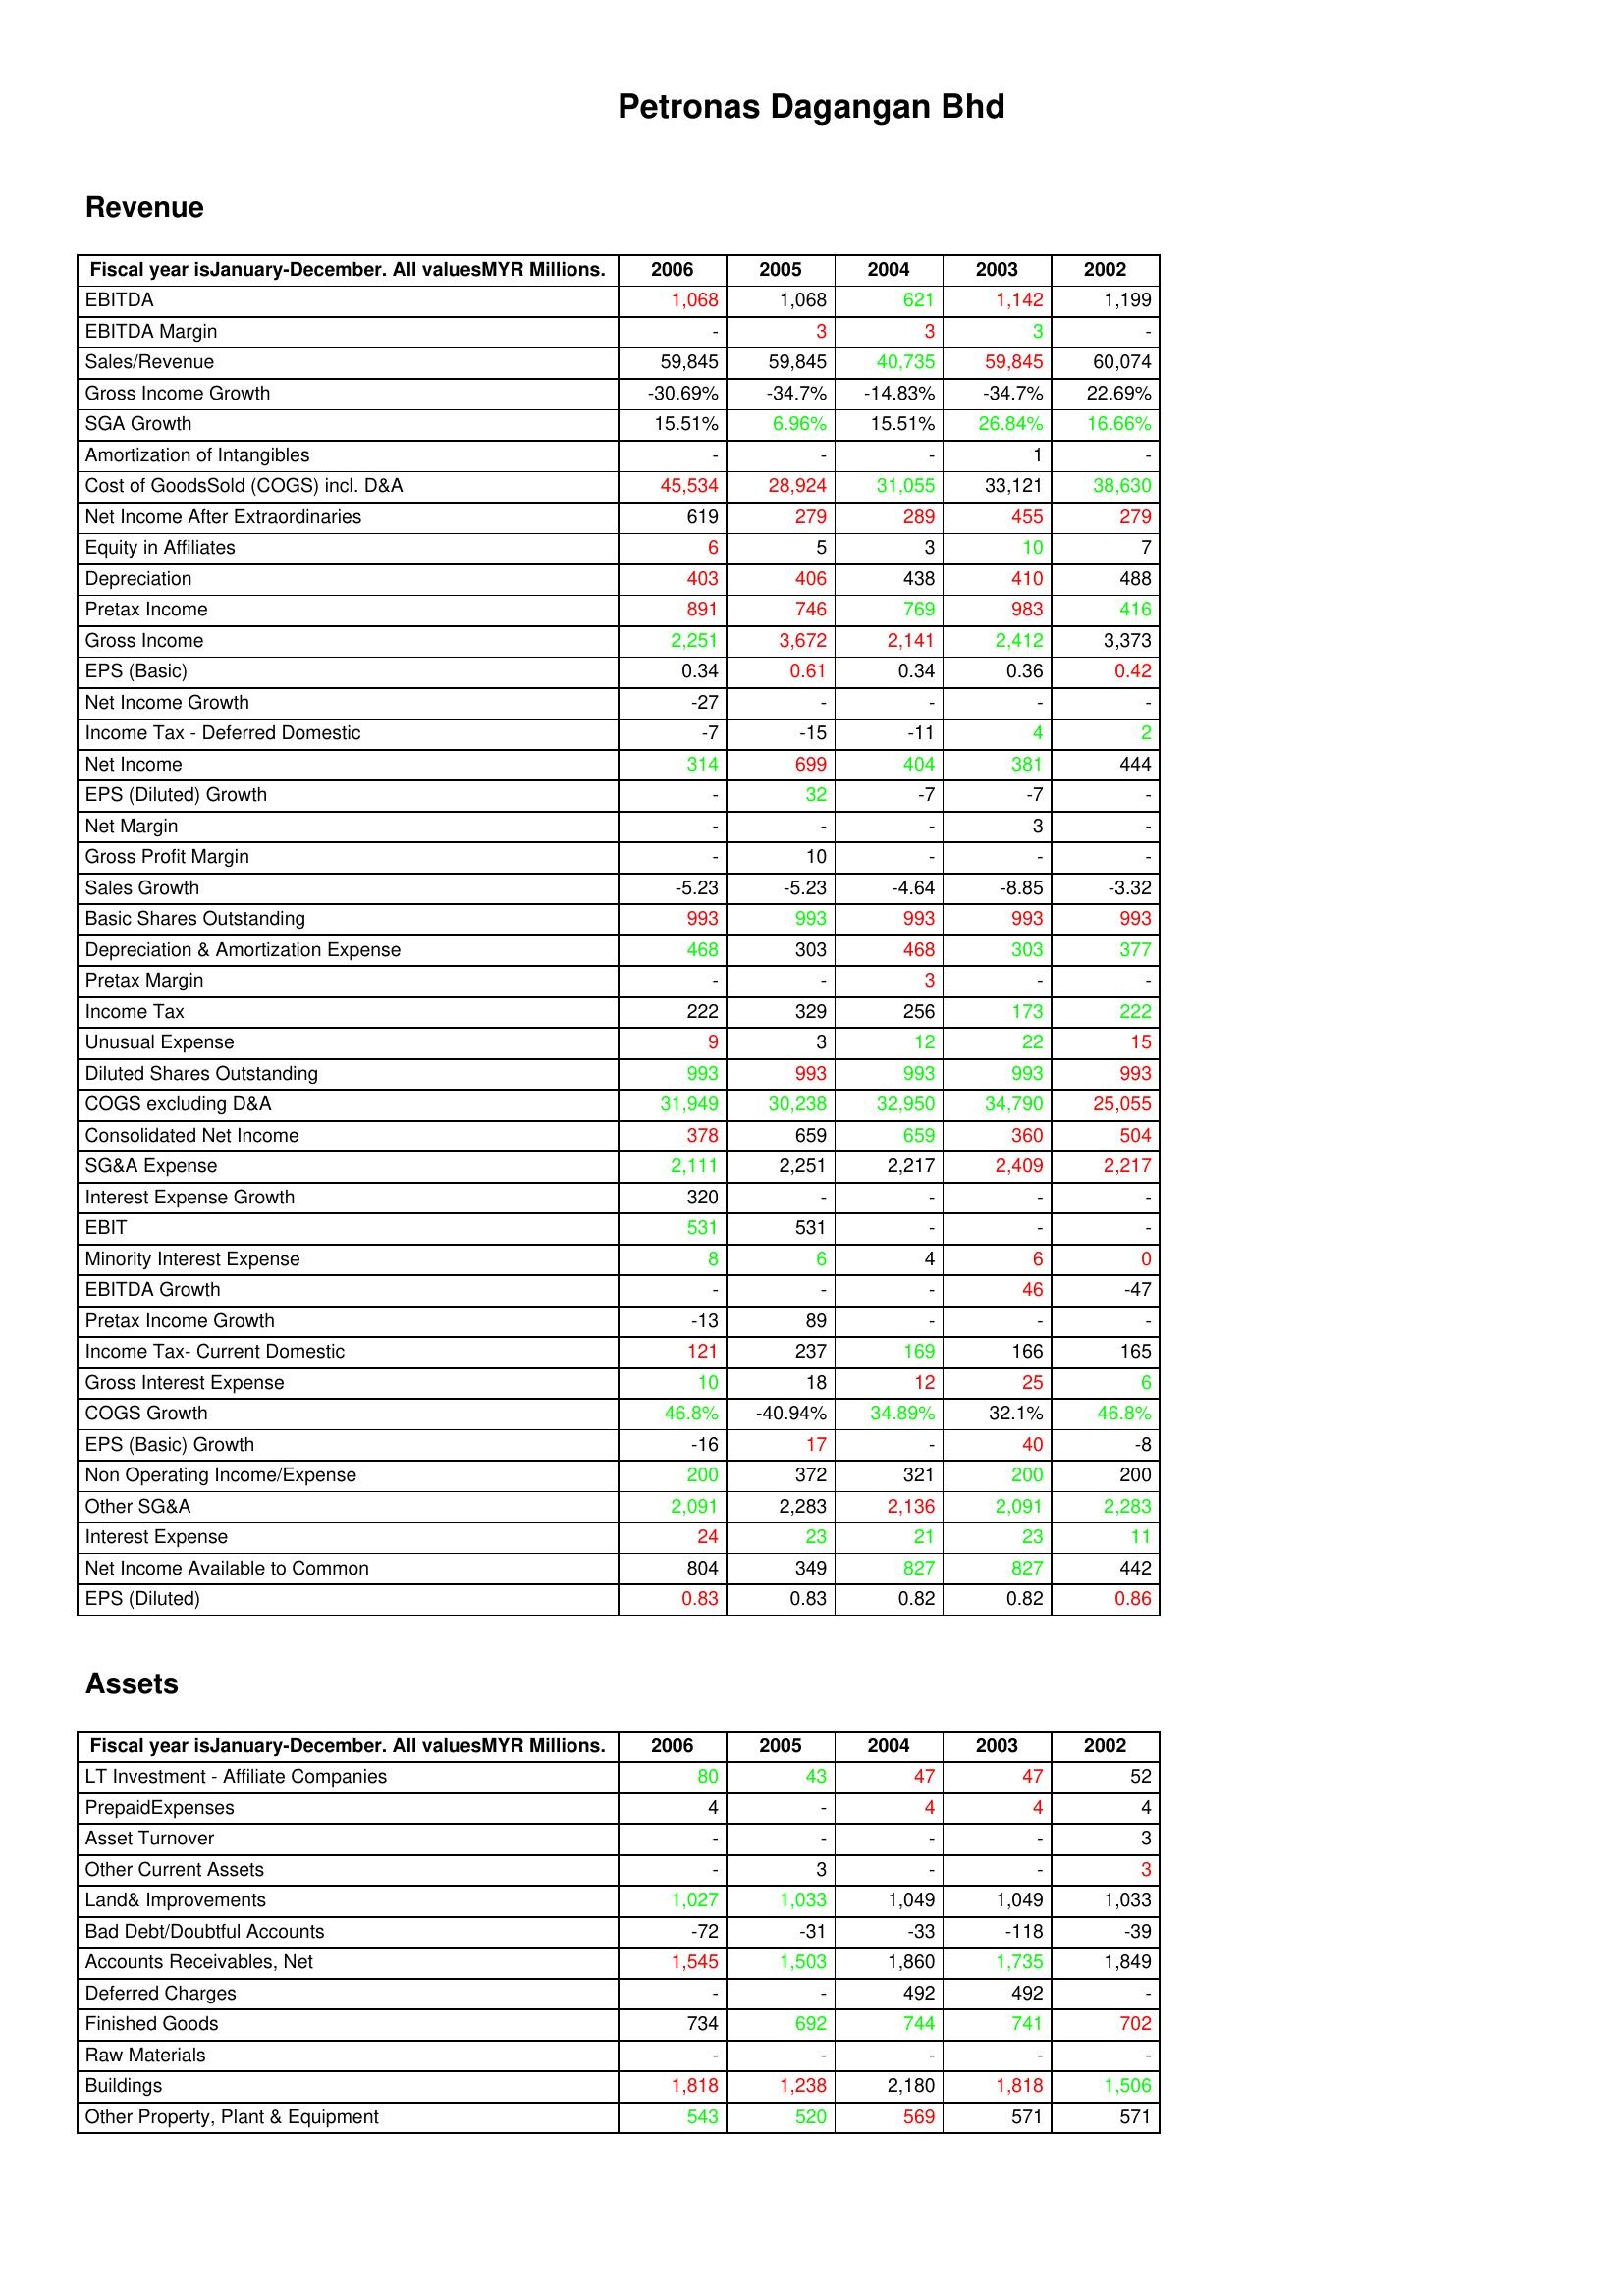
gt_parse: 2006: Revenue: EBITDA: 1,068
EBITDA Margin: -
Sales/Revenue: 59,845
Gross Income Growth: -30.69%
SGA Growth: 15.51%
Amortization of Intangibles: -
Cost of GoodsSold (COGS) incl. D&A: 45,534
Net Income After Extraordinaries: 619
Equity in Affiliates: 6
Depreciation: 403
Pretax Income: 891
Gross Income: 2,251
EPS (Basic): 0.34
Net Income Growth: -27
Income Tax - Deferred Domestic: -7
Net Income: 314
EPS (Diluted) Growth: -
Net Margin: -
Gross Profit Margin: -
Sales Growth: -5.23
Basic Shares Outstanding: 993
Depreciation & Amortization Expense: 468
Pretax Margin: -
Income Tax: 222
Unusual Expense: 9
Diluted Shares Outstanding: 993
COGS excluding D&A: 31,949
Consolidated Net Income: 378
SG&A Expense: 2,111
Interest Expense Growth: 320
EBIT: 531
Minority Interest Expense: 8
EBITDA Growth: -
Pretax Income Growth: -13
Income Tax- Current Domestic: 121
Gross Interest Expense: 10
COGS Growth: 46.8%
EPS (Basic) Growth: -16
Non Operating Income/Expense: 200
Other SG&A: 2,091
Interest Expense: 24
Net Income Available to Common: 804
EPS (Diluted): 0.83
Assets: LT Investment - Affiliate Companies: 80
PrepaidExpenses: 4
Asset Turnover: -
Other Current Assets: -
Land& Improvements: 1,027
Bad Debt/Doubtful Accounts: -72
Accounts Receivables, Net: 1,545
Deferred Charges: -
Finished Goods: 734
Raw Materials: -
Buildings: 1,818
Other Property, Plant & Equipment: 543
2005: Revenue: EBITDA: 1,068
EBITDA Margin: 3
Sales/Revenue: 59,845
Gross Income Growth: -34.7%
SGA Growth: 6.96%
Amortization of Intangibles: -
Cost of GoodsSold (COGS) incl. D&A: 28,924
Net Income After Extraordinaries: 279
Equity in Affiliates: 5
Depreciation: 406
Pretax Income: 746
Gross Income: 3,672
EPS (Basic): 0.61
Net Income Growth: -
Income Tax - Deferred Domestic: -15
Net Income: 699
EPS (Diluted) Growth: 32
Net Margin: -
Gross Profit Margin: 10
Sales Growth: -5.23
Basic Shares Outstanding: 993
Depreciation & Amortization Expense: 303
Pretax Margin: -
Income Tax: 329
Unusual Expense: 3
Diluted Shares Outstanding: 993
COGS excluding D&A: 30,238
Consolidated Net Income: 659
SG&A Expense: 2,251
Interest Expense Growth: -
EBIT: 531
Minority Interest Expense: 6
EBITDA Growth: -
Pretax Income Growth: 89
Income Tax- Current Domestic: 237
Gross Interest Expense: 18
COGS Growth: -40.94%
EPS (Basic) Growth: 17
Non Operating Income/Expense: 372
Other SG&A: 2,283
Interest Expense: 23
Net Income Available to Common: 349
EPS (Diluted): 0.83
Assets: LT Investment - Affiliate Companies: 43
PrepaidExpenses: -
Asset Turnover: -
Other Current Assets: 3
Land& Improvements: 1,033
Bad Debt/Doubtful Accounts: -31
Accounts Receivables, Net: 1,503
Deferred Charges: -
Finished Goods: 692
Raw Materials: -
Buildings: 1,238
Other Property, Plant & Equipment: 520
2004: Revenue: EBITDA: 621
EBITDA Margin: 3
Sales/Revenue: 40,735
Gross Income Growth: -14.83%
SGA Growth: 15.51%
Amortization of Intangibles: -
Cost of GoodsSold (COGS) incl. D&A: 31,055
Net Income After Extraordinaries: 289
Equity in Affiliates: 3
Depreciation: 438
Pretax Income: 769
Gross Income: 2,141
EPS (Basic): 0.34
Net Income Growth: -
Income Tax - Deferred Domestic: -11
Net Income: 404
EPS (Diluted) Growth: -7
Net Margin: -
Gross Profit Margin: -
Sales Growth: -4.64
Basic Shares Outstanding: 993
Depreciation & Amortization Expense: 468
Pretax Margin: 3
Income Tax: 256
Unusual Expense: 12
Diluted Shares Outstanding: 993
COGS excluding D&A: 32,950
Consolidated Net Income: 659
SG&A Expense: 2,217
Interest Expense Growth: -
EBIT: -
Minority Interest Expense: 4
EBITDA Growth: -
Pretax Income Growth: -
Income Tax- Current Domestic: 169
Gross Interest Expense: 12
COGS Growth: 34.89%
EPS (Basic) Growth: -
Non Operating Income/Expense: 321
Other SG&A: 2,136
Interest Expense: 21
Net Income Available to Common: 827
EPS (Diluted): 0.82
Assets: LT Investment - Affiliate Companies: 47
PrepaidExpenses: 4
Asset Turnover: -
Other Current Assets: -
Land& Improvements: 1,049
Bad Debt/Doubtful Accounts: -33
Accounts Receivables, Net: 1,860
Deferred Charges: 492
Finished Goods: 744
Raw Materials: -
Buildings: 2,180
Other Property, Plant & Equipment: 569
2003: Revenue: EBITDA: 1,142
EBITDA Margin: 3
Sales/Revenue: 59,845
Gross Income Growth: -34.7%
SGA Growth: 26.84%
Amortization of Intangibles: 1
Cost of GoodsSold (COGS) incl. D&A: 33,121
Net Income After Extraordinaries: 455
Equity in Affiliates: 10
Depreciation: 410
Pretax Income: 983
Gross Income: 2,412
EPS (Basic): 0.36
Net Income Growth: -
Income Tax - Deferred Domestic: 4
Net Income: 381
EPS (Diluted) Growth: -7
Net Margin: 3
Gross Profit Margin: -
Sales Growth: -8.85
Basic Shares Outstanding: 993
Depreciation & Amortization Expense: 303
Pretax Margin: -
Income Tax: 173
Unusual Expense: 22
Diluted Shares Outstanding: 993
COGS excluding D&A: 34,790
Consolidated Net Income: 360
SG&A Expense: 2,409
Interest Expense Growth: -
EBIT: -
Minority Interest Expense: 6
EBITDA Growth: 46
Pretax Income Growth: -
Income Tax- Current Domestic: 166
Gross Interest Expense: 25
COGS Growth: 32.1%
EPS (Basic) Growth: 40
Non Operating Income/Expense: 200
Other SG&A: 2,091
Interest Expense: 23
Net Income Available to Common: 827
EPS (Diluted): 0.82
Assets: LT Investment - Affiliate Companies: 47
PrepaidExpenses: 4
Asset Turnover: -
Other Current Assets: -
Land& Improvements: 1,049
Bad Debt/Doubtful Accounts: -118
Accounts Receivables, Net: 1,735
Deferred Charges: 492
Finished Goods: 741
Raw Materials: -
Buildings: 1,818
Other Property, Plant & Equipment: 571
2002: Revenue: EBITDA: 1,199
EBITDA Margin: -
Sales/Revenue: 60,074
Gross Income Growth: 22.69%
SGA Growth: 16.66%
Amortization of Intangibles: -
Cost of GoodsSold (COGS) incl. D&A: 38,630
Net Income After Extraordinaries: 279
Equity in Affiliates: 7
Depreciation: 488
Pretax Income: 416
Gross Income: 3,373
EPS (Basic): 0.42
Net Income Growth: -
Income Tax - Deferred Domestic: 2
Net Income: 444
EPS (Diluted) Growth: -
Net Margin: -
Gross Profit Margin: -
Sales Growth: -3.32
Basic Shares Outstanding: 993
Depreciation & Amortization Expense: 377
Pretax Margin: -
Income Tax: 222
Unusual Expense: 15
Diluted Shares Outstanding: 993
COGS excluding D&A: 25,055
Consolidated Net Income: 504
SG&A Expense: 2,217
Interest Expense Growth: -
EBIT: -
Minority Interest Expense: 0
EBITDA Growth: -47
Pretax Income Growth: -
Income Tax- Current Domestic: 165
Gross Interest Expense: 6
COGS Growth: 46.8%
EPS (Basic) Growth: -8
Non Operating Income/Expense: 200
Other SG&A: 2,283
Interest Expense: 11
Net Income Available to Common: 442
EPS (Diluted): 0.86
Assets: LT Investment - Affiliate Companies: 52
PrepaidExpenses: 4
Asset Turnover: 3
Other Current Assets: 3
Land& Improvements: 1,033
Bad Debt/Doubtful Accounts: -39
Accounts Receivables, Net: 1,849
Deferred Charges: -
Finished Goods: 702
Raw Materials: -
Buildings: 1,506
Other Property, Plant & Equipment: 571